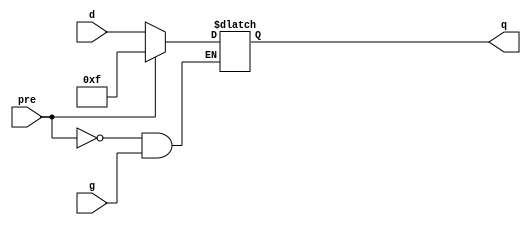
module latch(q,d,g,pre);
input g,pre;
input  [3:0] d;
output [3:0] q;
reg    [3:0] q;
always @(g or d or pre)
    begin
        if(pre)
            q<=4'b1111;
        else if(~g)
            q<=d;        
    end
endmodule